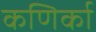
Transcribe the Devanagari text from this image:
कणिर्का